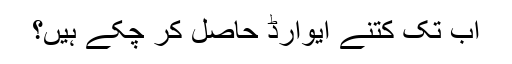
اب تک کتنے ایوارڈ حاصل کر چُکے ہیں؟